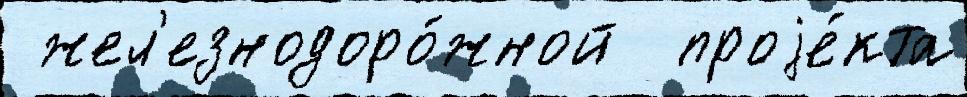
 жел'езнодоро́жной  проjе́кта